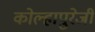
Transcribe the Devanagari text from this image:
कोल्हापुरेजी